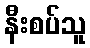
နီးစပ်သူ